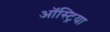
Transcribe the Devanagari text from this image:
ऑस्‍ट्रिया